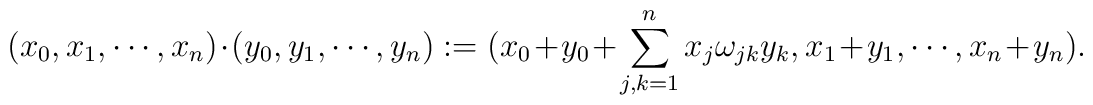
( x_0, x_1, \cdots, x_n ) 	\cdot	( y_0, y_1, \cdots, y_n ) 	:=	( x_0 + y_0 + \sum_{j,k=1}^n x_j \omega_{jk} y_k,	 x_1 + y_1, \cdots, x_n + y_n ).